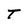
Character: T